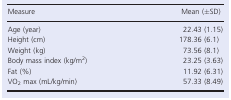
<table><thead><tr><td><b>Measure</b></td><td><b>Mean (±SD)</b></td></tr></thead><tbody><tr><td>Age (year)</td><td>22.43 (1.15)</td></tr><tr><td>Height (cm)</td><td>178.36 (6.1)</td></tr><tr><td>Weight (kg)</td><td>73.56 (8.1)</td></tr><tr><td>Body mass index (kg/m<sup>2</sup>)</td><td>23.25 (3.63)</td></tr><tr><td>Fat (%)</td><td>11.92 (6.31)</td></tr><tr><td>VO<sub>2</sub> max (mL/kg/min)</td><td>57.33 (8.49)</td></tr></tbody></table>